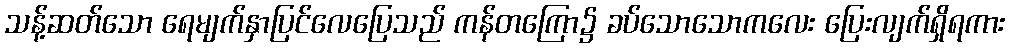
သန့်ဆတ်သော ရေမျက်နှာပြင်လေပြေသည် ကန်တကြော၌ ခပ်သောသောကလေး ပြေးလျက်ရှိရကား